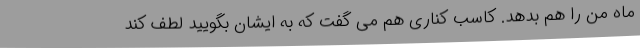
ماه من را هم بدهد. کاسب کناری هم می گفت که به ایشان بگویید لطف کند